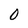
Character: 0